Assam Mental Hospital (Tezpur, India) - 1933-1948
Year: 1933
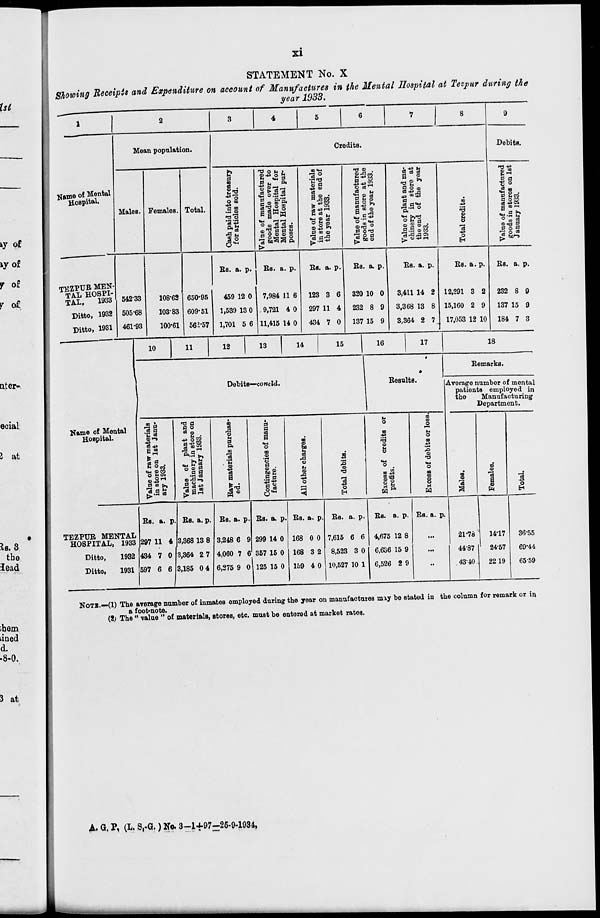
xi
STATEMENT No. X
Showing Receipts and Expenditure on account of Manufactures in the Mental Hospital at Tezpur during the
year 1933.
1
Name of Mental
Hospital.
TEZPUR MEN-
TAL HOSPI-
TAL,
1933
Ditto, 1932
Ditto, 1931
2
Mean population.
Males.
542.33
505.68
461.93
Females.
108.62
103.83
100.61
Total.
650.95
609.51
562.57
3
4
5
6
7
8
Credits.
Cash paid into treasury
for articles sold.
Rs.
459
1,539
1,701
a.
12
13
5
p.
0
0
6
Value of manufactured
goods made over to
Mental Hospital for
Mental Hospital pur-
poses.
Rs.
7,984
9,721
11,415
a.
11
4
14
p.
6
0
0
Value
of raw materials
in store at the end of
the year 1933.
Rs.
123
297
434
a.
3
11
7
p.
6
4
0
Value
of manufactured
goods in store at the
end of the year 1933.
Rs.
320
232
137
a.
10
8
15
p.
0
9
9
Value of plant and ma-
chinery in store at
the end of the year
1933.
Rs.
3,411
3,368
3,364
a.
14
13
2
p.
2
8
7
Total credits.
Rs.
12,291
15,160
17,053
a.
3
2
12
p.
2
9
10
9
Debits.
Value of manufactured
goods in stores on 1st
January 1933.
Rs.
232
137
184
a.
8
15
7
p.
9
9
3
Name of Mental
Hospital.
TEZPUR MENTAL
HOSPITAL, 1933
Ditto,
1932
Ditto,
1931
10 11 12 13 14 15
Debits—concld.
Val ue of r aw materials
in st or e on 1st Janu-
ary 1933.
Rs.
297
434
597
a.
11
7
6
p.
4
0
6
Val ue of plant and
machinery in st or e on
1st J anuar y 1933.
Rs.
3,368
3,364
3,185
a.
13
2
0
p.
8
7
4
Raw materials purchas-
ed.
Rs.
3,248
4,060
6,275
a.
6
7
9
p.
9
6
0
Contingencies of manu-
facture.
Rs.
299
357
125
a.
14
15
15
p.
0
0
0
All other charges.
Rs.
168
168
159
a.
0
3
4
p.
0
2
0
Total debi t s.
Rs.
7,615
8,523
10,527
a.
6
3
10
p.
6
0
1
16
17
Results.
Exces s of credits or
profits.
Rs.
4,675
6,636
6,526
a.
12
15
2
p.
8
9
9
Exces s of d e b i t s or l oss.
Rs. a. p.
...
...
...
18
Remarks.
Average number of mental
patients employed in
the
Manufacturing
Department.
Males.
21.78
44.87
43.40
Females.
14.17
24.57
22.19
Total.
36.55
69.44
65.59
NOTE.—(1) The average number of inmates employed during the year on manufactures may be stated in the column for remark or in
a foot-note.
(2) The "value" of materials, stores, etc. must be entered at market rates.
A. G. P. (L. S.-G.) No. 3—1+97=25-9-1934.